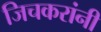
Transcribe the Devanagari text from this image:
जिचकरांनी